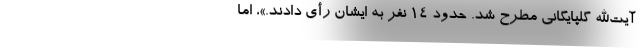
آیت‌الله گلپایگانی مطرح شد. حدود ۱۴ نفر به ایشان رأی دادند.»، اما